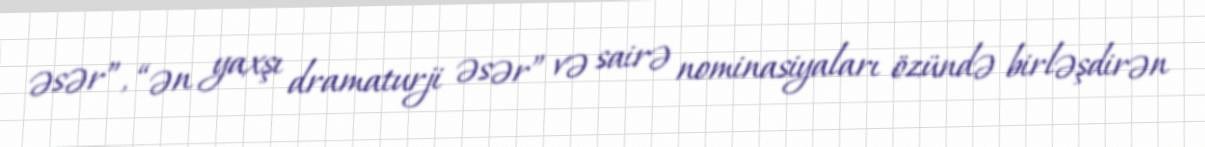
əsər”, “ən yaxşı dramaturji əsər” və sairə nominasiyaları özündə birləşdirən